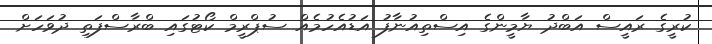
ކުރީގެ ރައީސް އަބްދު ޔާމީންގެ އިސްތިއުނާފު އަޑުއެހުމެއް ސުޕްރީމް ކޯޓުގައި ބްރާސްފަތި ދުވަހަށް